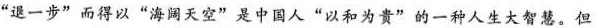
”退一步”而得以”海阔天空”是中国人”以和为贵”的一种人生大智慧。但